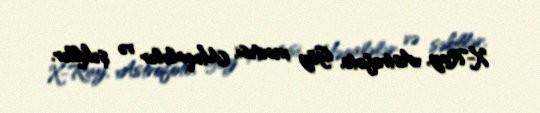
X-Ray, Astrofoto, Göy xəritəsi, Məqalələr və şəkillər.